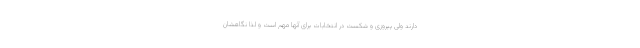
دارند ولی پیروزی و شکست در انتخابات برای آنها مهم است و لذا نگاهشان